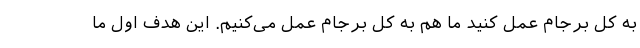
به کل برجام عمل کنید ما هم به کل برجام عمل می‌کنیم. این هدف اول ما